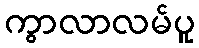
ကွာလာလမ်ပူ